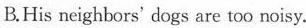
B.His neighbors' dogs are too noisy.